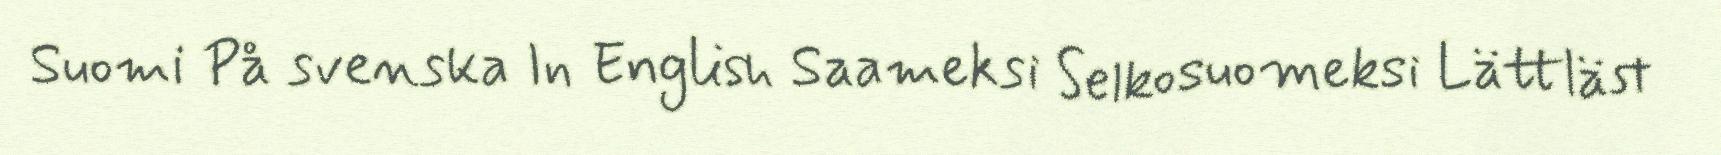
Suomi På svenska In English Saameksi Selkosuomeksi Lättläst